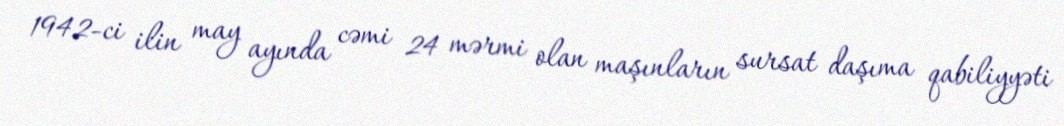
1942-ci ilin may ayında cəmi 24 mərmi olan maşınların sursat daşıma qabiliyyəti